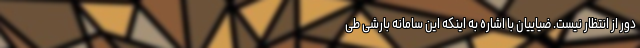
دور از انتظار نیست. ضیاییان با اشاره به اینکه این سامانه بارشی طی